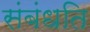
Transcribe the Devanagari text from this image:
संबंधति